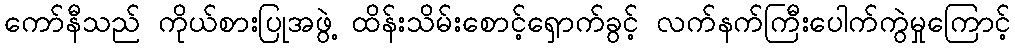
ကော်နီသည် ကိုယ်စားပြုအဖွဲ့ ထိန်းသိမ်းစောင့်ရှောက်ခွင့် လက်နက်ကြီးပေါက်ကွဲမှုကြောင့်